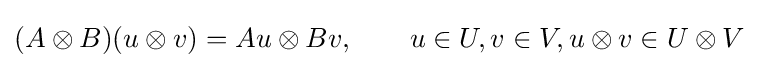
(A\otimes B)(u\otimes v)=Au\otimes Bv,\qquad u\in U,v\in V,u\otimes v\in U\otimes V